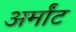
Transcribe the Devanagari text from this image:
अर्मांट